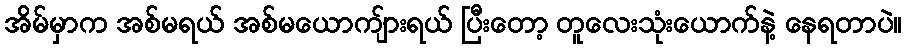
အိမ်မှာက အစ်မရယ် အစ်မယောကျ်ားရယ် ပြီးတော့ တူလေးသုံးယောက်နဲ့ နေရတာပဲ။